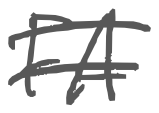
Text: FA
Cross-out: double-line
Writing tool: digital_gray